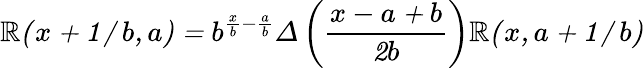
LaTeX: \cal\mathbb{R}(x+1/b,a)=b^{\frac{x}{b}-\frac{a}{b}}\Delta\left(\frac{{x-a+b}}{{2b}}\right)\cal\mathbb{R}(x,a+1/b)